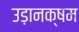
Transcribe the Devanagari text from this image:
उड़ानक्षम